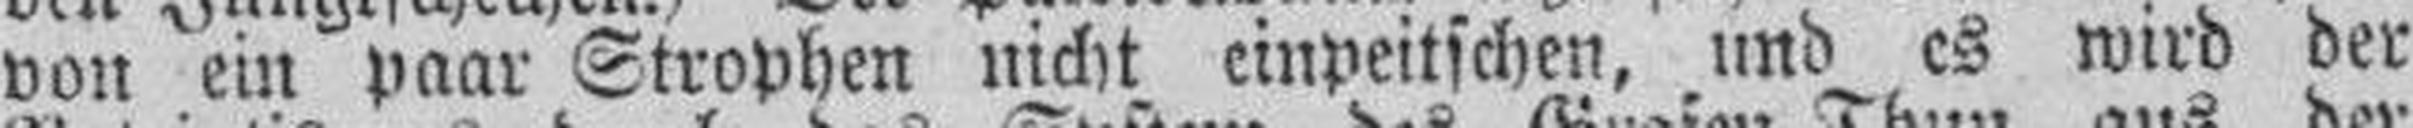
von ein paar Strophen nicht einpeitschen, und es wird der